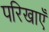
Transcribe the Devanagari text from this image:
परिखाएँ